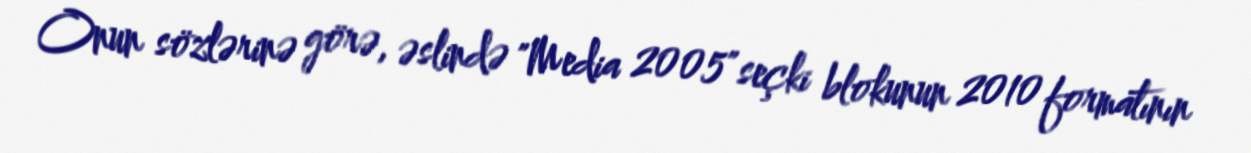
Onun sözlərinə görə, əslində "Media 2005" seçki blokunun 2010 formatının